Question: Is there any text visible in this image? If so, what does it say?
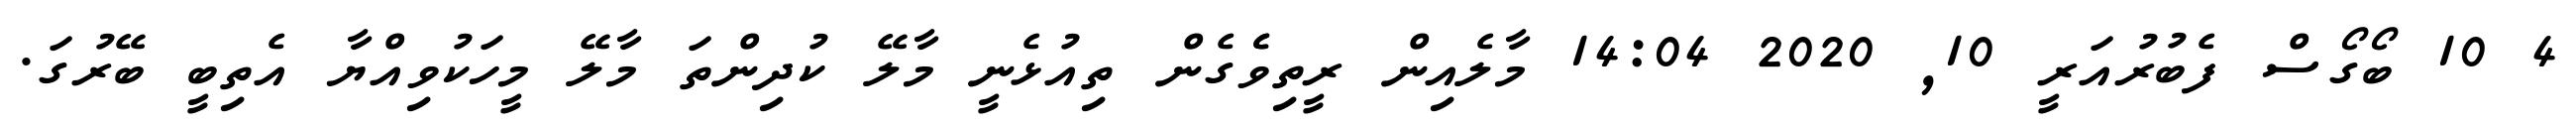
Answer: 4 10 ބޯގޯސް ފެބުރުއަރީ 10, 2020 14:04 މާލެއިން ރީތިވެެގެން ތިއުޅެނީ މާލޭ ކުދިންތަ މާލޭ މީހަކުވިއްޔާ އެތިބީ ބޭރުގަ.